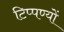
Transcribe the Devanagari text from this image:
टिप्पण्यों